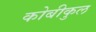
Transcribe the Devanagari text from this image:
कोबीकुल